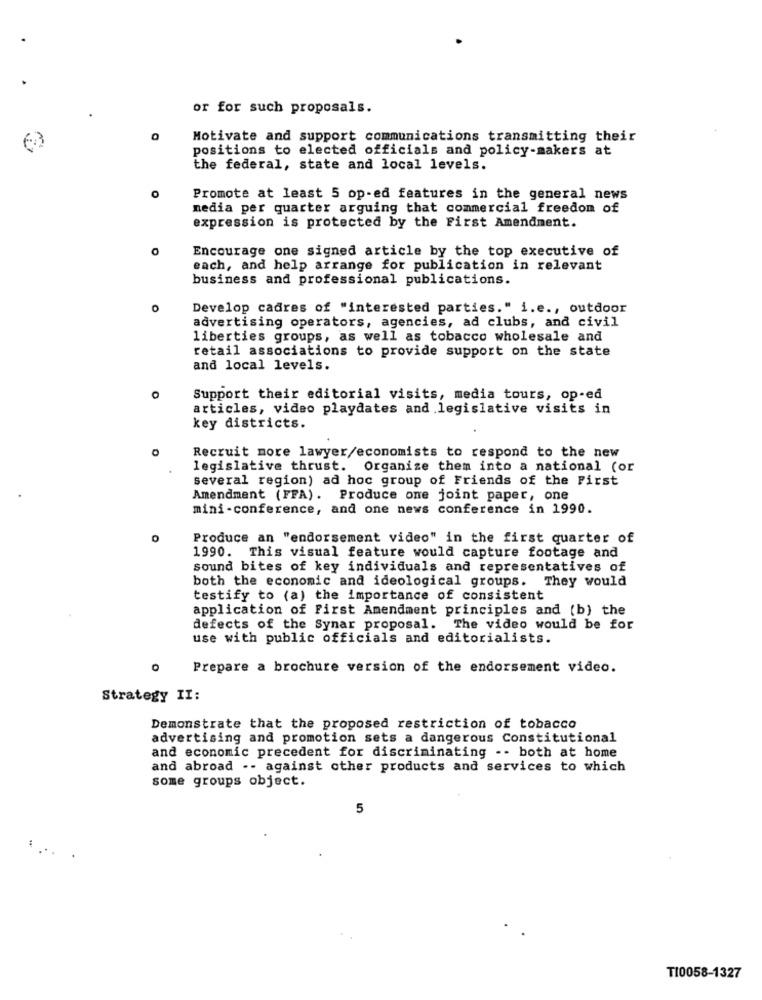
or for such proposals.
Motivate and support communications transmitting their
positions to elected officials and policy-makers at
the federal, state and local levels.
Promote at least 5 op-ed features in the general news
media per quarter arguing that commercial freedom of
expression is protected by the First Amendment.
Encourage one signed article by the top executive of
each, and help arrange for publication in relevant
business and professional publications.
Develop cadres of "interested parties." i.e ., outdoor
advertising operators, agencies, ad clubs, and civil
liberties groups, as well as tobacco wholesale and
retail associations to provide support on the state
and local levels.
0
Support their editorial visits, media tours, op-ed
articles, video playdates and legislative visits in
key districts.
Recruit more lawyer/economists to respond to the new
legislative thrust. Organize them into a national (or
several region) ad hoc group of Friends of the First
Amendment (FFA). Produce one joint paper, one
mini-conference, and one news conference in 1990.
Produce an "endorsement video" in the first quarter of
1990. This visual feature would capture footage and
sound bites of key individuals and representatives of
both the economic and ideological groups. They would
testify to (a) the importance of consistent
application of First Amendment principles and (b) the
defects of the Synar proposal. The video would be for
use with public officials and editorialists.
Prepare a brochure version of the endorsement video.
Strategy II:
Demonstrate that the proposed restriction of tobacco
advertising and promotion sets a dangerous Constitutional
and economic precedent for discriminating -- both at home
and abroad .- against other products and services to which
some groups object.
5
TI0058-1327